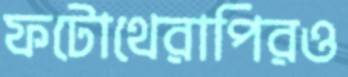
ফটোথেরাপিরও